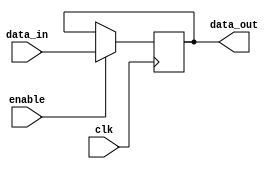
module EnableLatch (
    input wire clk,
    input wire enable,
    input wire data_in,
    output reg data_out
);

always @(posedge clk) begin
    if (enable == 1'b1) begin
        data_out <= data_in;
    end
end

endmodule